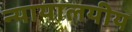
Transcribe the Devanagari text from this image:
न्यायालयीय